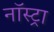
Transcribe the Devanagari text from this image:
नॉस्ट्रा